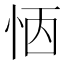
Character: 𢙖